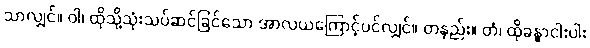
သာလျှင်။ ဝါ၊ ထိုသို့သုံးသပ်ဆင်ခြင်သော အာလယကြောင့်ပင်လျှင်။ တနည်း။ တံ၊ ထိုခန္ဓာငါးပါး